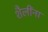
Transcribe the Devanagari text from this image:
शैलींना